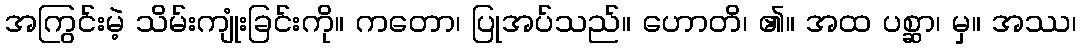
အကြွင်းမဲ့ သိမ်းကျုံးခြင်းကို။ ကတော၊ ပြုအပ်သည်။ ဟောတိ၊ ၏။ အထ ပစ္ဆာ၊ မှ။ အဿ၊